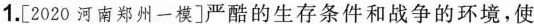
1.[2020河南郑州一模]严酷的生存条件和战争的环境，使